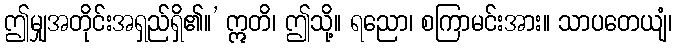
ဤမျှအတိုင်းအရှည်ရှိ၏။’ ဣတိ၊ ဤသို့။ ရညော၊ စကြာမင်းအား။ သာပတေယျံ၊